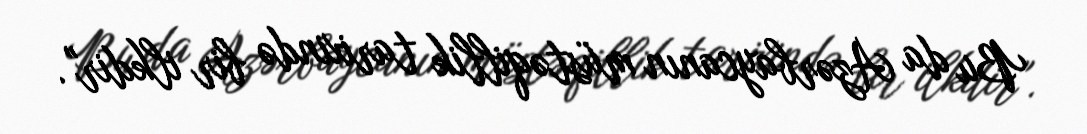
Bu da Azərbaycanın müstəqillik tarixində bir ilkdir".